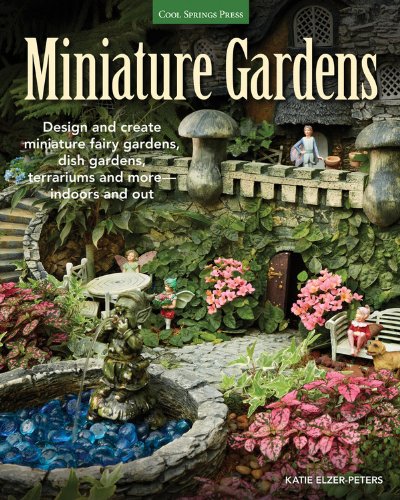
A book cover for Miniature Gardens: Design and create miniature fairy gardens, dish gardens, terrariums and more-indoors and out; Katie Elzer-Peters; Crafts, Hobbies & Home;